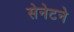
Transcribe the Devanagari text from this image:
सेनेटने